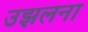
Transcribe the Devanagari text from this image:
उझलना